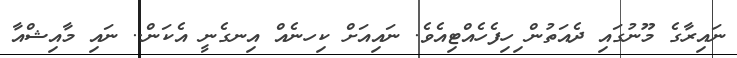
ނައިރާގެ މޫނުގައި ދެއަތުން ިހިފެހެއްޓިއެވެ. ނައިއަށް ކިހނެއް އިނގެނީ އެކަން.. ނައި މާއިޝްއާ